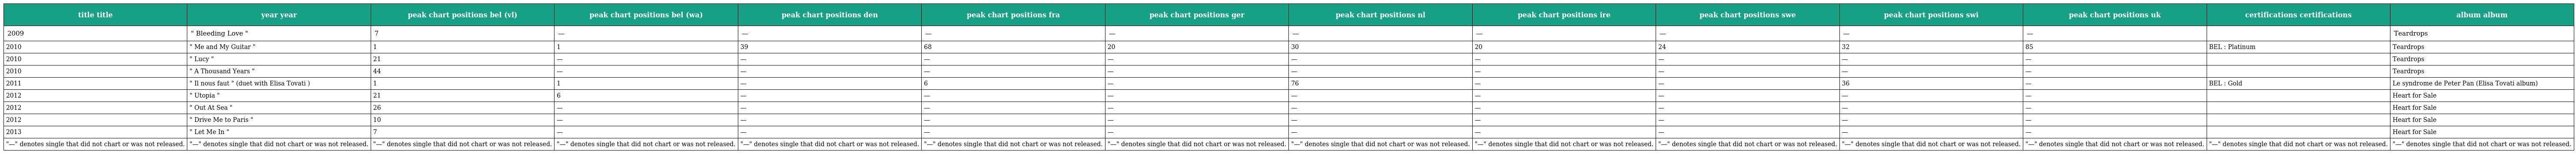
| title title | year year | peak chart positions bel (vl) | peak chart positions bel (wa) | peak chart positions den | peak chart positions fra | peak chart positions ger | peak chart positions nl | peak chart positions ire | peak chart positions swe | peak chart positions swi | peak chart positions uk | certifications certifications | album album |
 | --- | --- | --- | --- | --- | --- | --- | --- | --- | --- | --- | --- | --- | --- |
 | 2009 | " Bleeding Love " | 7 | — | — | — | — | — | — | — | — | — |  | Teardrops |
 | 2010 | " Me and My Guitar " | 1 | 1 | 39 | 68 | 20 | 30 | 20 | 24 | 32 | 85 | BEL : Platinum | Teardrops |
 | 2010 | " Lucy " | 21 | — | — | — | — | — | — | — | — | — |  | Teardrops |
 | 2010 | " A Thousand Years " | 44 | — | — | — | — | — | — | — | — | — |  | Teardrops |
 | 2011 | " Il nous faut " (duet with Elisa Tovati ) | 1 | 1 | — | 6 | — | 76 | — | — | 36 | — | BEL : Gold | Le syndrome de Peter Pan (Elisa Tovati album) |
 | 2012 | " Utopia " | 21 | 6 | — | — | — | — | — | — | — | — |  | Heart for Sale |
 | 2012 | " Out At Sea " | 26 | — | — | — | — | — | — | — | — | — |  | Heart for Sale |
 | 2012 | " Drive Me to Paris " | 10 | — | — | — | — | — | — | — | — | — |  | Heart for Sale |
 | 2013 | " Let Me In " | 7 | — | — | — | — | — | — | — | — | — |  | Heart for Sale |
 | "—" denotes single that did not chart or was not released. | "—" denotes single that did not chart or was not released. | "—" denotes single that did not chart or was not released. | "—" denotes single that did not chart or was not released. | "—" denotes single that did not chart or was not released. | "—" denotes single that did not chart or was not released. | "—" denotes single that did not chart or was not released. | "—" denotes single that did not chart or was not released. | "—" denotes single that did not chart or was not released. | "—" denotes single that did not chart or was not released. | "—" denotes single that did not chart or was not released. | "—" denotes single that did not chart or was not released. | "—" denotes single that did not chart or was not released. | "—" denotes single that did not chart or was not released. |